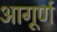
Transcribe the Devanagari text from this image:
आगूर्ण